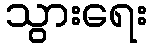
သွားရေး